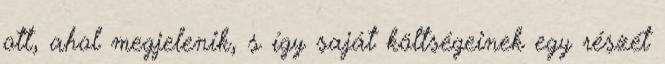
ott, ahol megjelenik, s így saját költségeinek egy részét